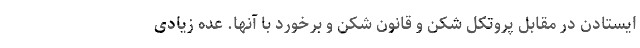
ایستادن در مقابل پروتکل شکن و قانون شکن و برخورد با آنها. عده زیادی